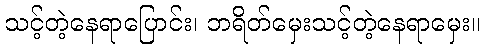
သင့်တဲ့နေရာပြောင်း၊ ဘရိတ်မှေးသင့်တဲ့နေရာမှေး။